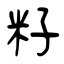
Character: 籽